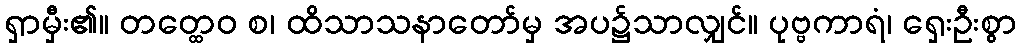
ရှာမှီး၏။ တတ္ထေဝ စ၊ ထိသာသနာတော်မှ အပ၌သာလျှင်။ ပုဗ္ဗကာရံ၊ ရှေးဦးစွာ